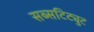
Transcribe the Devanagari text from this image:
सब्सटिट्युट